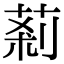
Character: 䓭